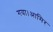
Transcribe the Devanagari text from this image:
गया।आमिर